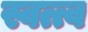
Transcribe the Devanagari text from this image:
स्वत्त्व